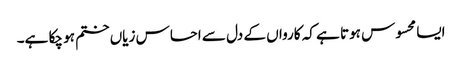
ایسا محسوس ہوتا ہے کہ کارواں کے دل سے احساس زیاں ختم ہو چکا ہے۔